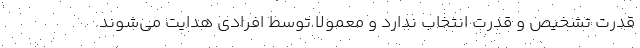
قدرت تشخیص و قدرت انتخاب ندارد و معمولا توسط افرادی هدایت می‌شوند